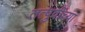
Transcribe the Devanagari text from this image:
तत्पुर्वीच्या